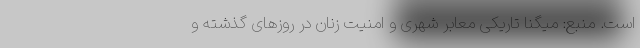
است. منبع: میگنا تاریکی معابر شهری و امنیت زنان در روزهای گذشته و